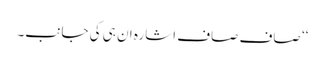
‘‘ صاف صاف اشارہ ان ہی کی جانب۔